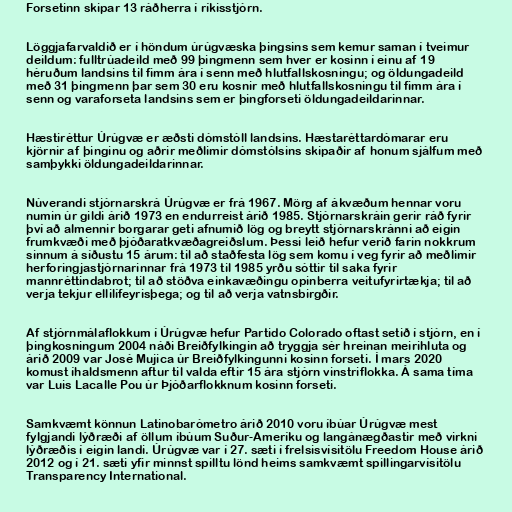
Forsetinn skipar 13 ráðherra í ríkisstjórn.

Löggjafarvaldið er í höndum úrúgvæska þingsins sem kemur saman í tveimur
deildum: fulltrúadeild með 99 þingmenn sem hver er kosinn í einu af 19
héruðum landsins til fimm ára í senn með hlutfallskosningu; og öldungadeild
með 31 þingmenn þar sem 30 eru kosnir með hlutfallskosningu til fimm ára í
senn og varaforseta landsins sem er þingforseti öldungadeildarinnar.

Hæstiréttur Úrúgvæ er æðsti dómstóll landsins. Hæstaréttardómarar eru
kjörnir af þinginu og aðrir meðlimir dómstólsins skipaðir af honum sjálfum með
samþykki öldungadeildarinnar.

Núverandi stjórnarskrá Úrúgvæ er frá 1967. Mörg af ákvæðum hennar voru
numin úr gildi árið 1973 en endurreist árið 1985. Stjórnarskráin gerir ráð fyrir
því að almennir borgarar geti afnumið lög og breytt stjórnarskránni að eigin
frumkvæði með þjóðaratkvæðagreiðslum. Þessi leið hefur verið farin nokkrum
sinnum á síðustu 15 árum: til að staðfesta lög sem komu í veg fyrir að meðlimir
herforingjastjórnarinnar frá 1973 til 1985 yrðu sóttir til saka fyrir
mannréttindabrot; til að stöðva einkavæðingu opinberra veitufyrirtækja; til að
verja tekjur ellilífeyrisþega; og til að verja vatnsbirgðir.

Af stjórnmálaflokkum í Úrúgvæ hefur Partido Colorado oftast setið í stjórn, en í
þingkosningum 2004 náði Breiðfylkingin að tryggja sér hreinan meirihluta og
árið 2009 var José Mujica úr Breiðfylkingunni kosinn forseti. Í mars 2020
komust íhaldsmenn aftur til valda eftir 15 ára stjórn vinstriflokka. Á sama tíma
var Luis Lacalle Pou úr Þjóðarflokknum kosinn forseti.

Samkvæmt könnun Latinobarómetro árið 2010 voru íbúar Úrúgvæ mest
fylgjandi lýðræði af öllum íbúum Suður-Ameríku og langánægðastir með virkni
lýðræðis í eigin landi. Úrúgvæ var í 27. sæti í frelsisvísitölu Freedom House árið
2012 og í 21. sæti yfir minnst spilltu lönd heims samkvæmt spillingarvísitölu
Transparency International.